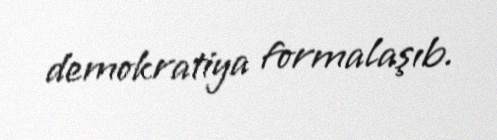
demokratiya formalaşıb.